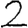
Digit: 2